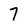
Character: 7